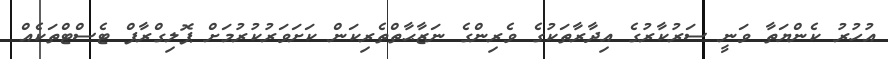
އުހުރު ކެންޔަތާ ވަނީ ސަރުކާރުގެ އިދާރާތަކުގެ ވެރިންގެ ނަޒާޙާތްތެރިކަން ކަށަވަރުކުރުމަށް ޕޮލިގްރާފް ޓެސްޓްތަކެއް